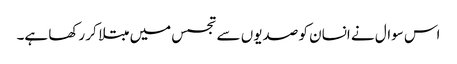
اس سوال نے انسان کو صدیوں سے تجسس میں مبتلا کر رکھا ہے۔